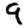
Digit: 9